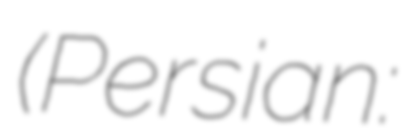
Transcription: (Persian: